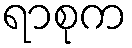
ရာစုက